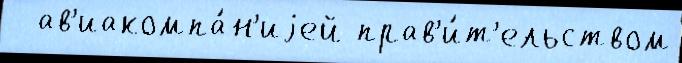
  ав'иакомпа́н'иjей прав'и́т'ельством